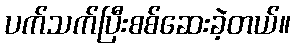
ပက်သက်ပြီးစစ်ဆေးခဲ့တယ်။